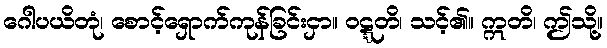
ဂေါပယိတုံ၊ စောင့်ရှောက်ကုန်ခြင်းငှာ။ ဝဋ္ဋတိ၊ သင့်၏။ ဣတိ၊ ဤသို့။